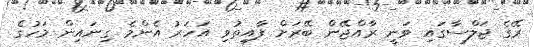
ރޭގެ ޖަލްސާގައި ވަނީ ރާއްޖޭން ބޭރަށް ފާއިތުވި އަހަރު އެންމެ ގިނައިން މަހުގެ